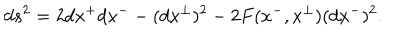
d s ^ { 2 } = 2 d x ^ { + } d x ^ { - } - ( d x ^ { \perp } ) ^ { 2 } - 2 F ( x ^ { - } , x ^ { \perp } ) ( d x ^ { - } ) ^ { 2 } .